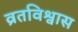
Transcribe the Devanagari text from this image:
व्रतविश्वास